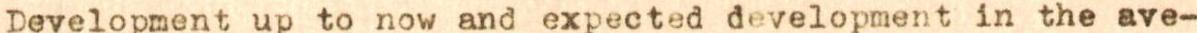
Development up to now and expected development in the ave-